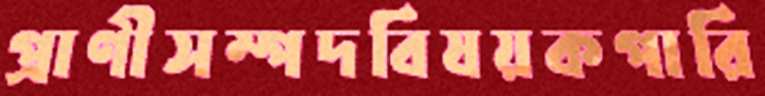
প্রাণীসম্পদবিষয়কপারি